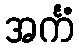
အင်္ကံ